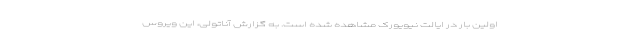
اولین بار در ایالت نیویورک مشاهده شده است. به گزارش آناتولی، این ویروس